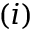
( i )